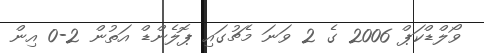
ވޯލްޑްކަޕް 2006 ގެ 2 ވަނަ މެޗުގައި ޕޮލެންޑް އަތުން 2-0 އިން